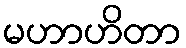
မဟာဟိတာ